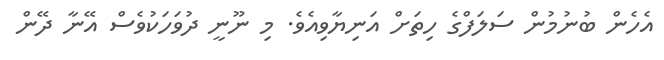
އެހެން ބުނުމުން ސަލަފްގެ ހިތަށް އަނިޔާވިއެވެ. މި ނޫނީ ދުވަހަކުވެސް އޭނާ ދޭން